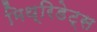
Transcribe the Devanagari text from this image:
मिथ्रिडेट्स